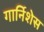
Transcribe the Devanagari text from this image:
गार्निशेस